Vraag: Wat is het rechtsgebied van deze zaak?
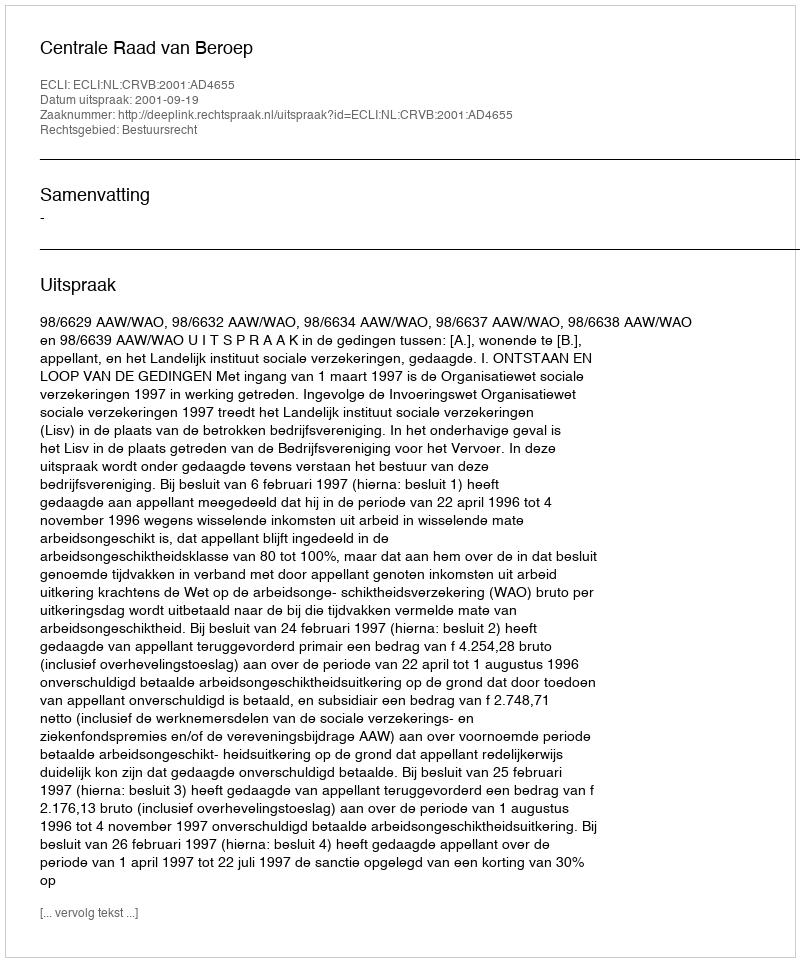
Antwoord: Bestuursrecht